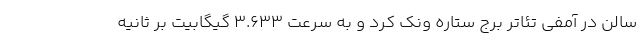
سالن در آمفی تئاتر برج ستاره ونک کرد و به سرعت 3.633 گیگابیت بر ثانیه